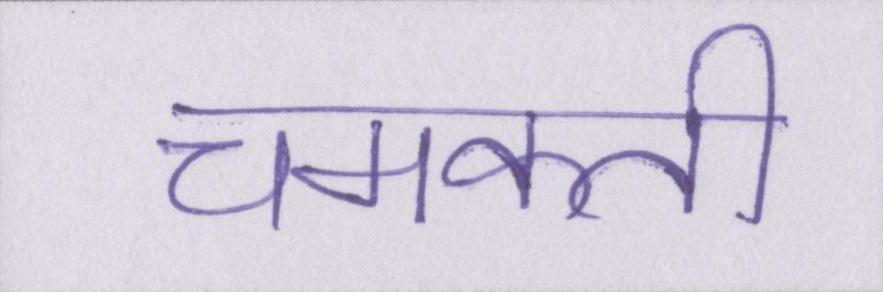
चमकती